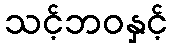
သင့်ဘဝနှင့်